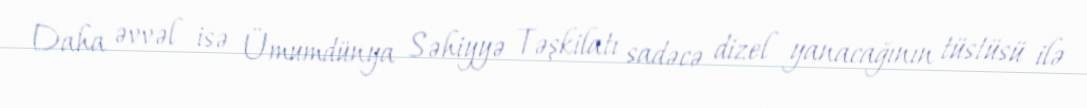
Daha əvvəl isə Ümumdünya Səhiyyə Təşkilatı sadəcə dizel yanacağının tüstüsü ilə